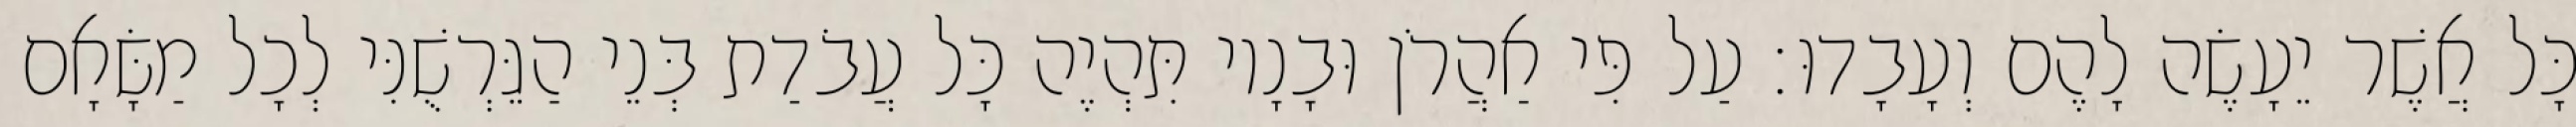
כָּל אֲשֶׁר יֵעָשֶׂה לָהֶם וְעָבָדוּ׃ עַל פִּי אַהֲרֹן וּבָנָיו תִּהְיֶה כָּל עֲבֹדַת בְּנֵי הַגֵּרְשֻׁנִּי לְכָל מַשָּׂאָם